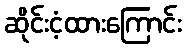
ဆိုင်းငံ့ထားကြောင်း